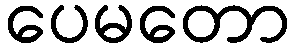
ပေမတော